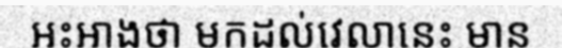
អះអាងថា មកដល់វេលានេះ មាន